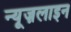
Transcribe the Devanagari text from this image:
न्यूज़लाइन